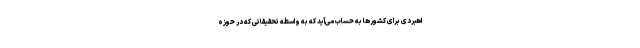
اهبردی برای کشورها به حساب می‌آید که به واسطه تحقیقاتی که در حوزه